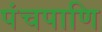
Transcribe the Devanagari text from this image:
पंचपाणि